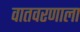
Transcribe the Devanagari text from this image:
वातवरणाला